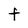
Character: F